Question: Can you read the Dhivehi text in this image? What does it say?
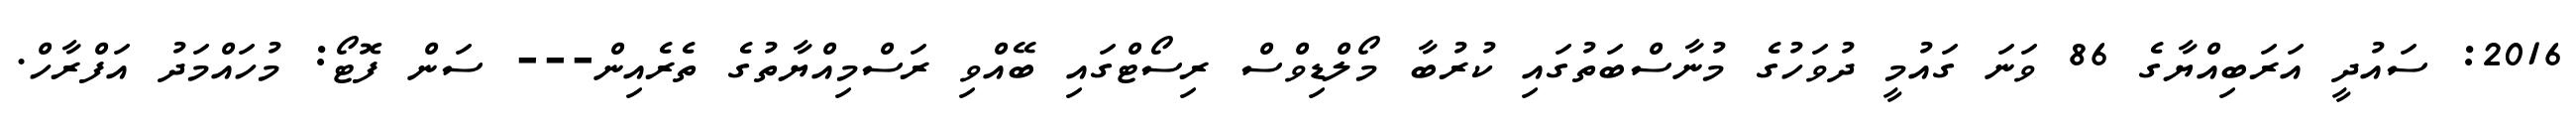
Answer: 2016: ސައުދީ އަރަބިއްޔާގެ 86 ވަނަ ގައުމީ ދުވަހުގެ މުނާސްބަތުގައި ކުރުބާ މޯލްޑިވްސް ރިސޯޓްގައި ބޭއްވި ރަސްމިއްޔާތުގެ ތެރެއިން--- ސަން ފޮޓޯ: މުހައްމަދު އަފްރާހް.